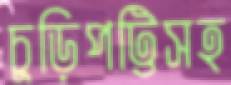
চুড়িপট্টিসহ